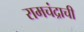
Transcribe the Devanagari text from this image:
रामचंद्राची